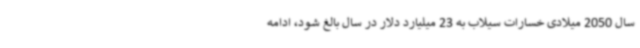
سال 2050 میلادی خسارات سیلاب به 23 میلیارد دلار در سال بالغ شود، ادامه